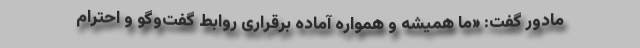
مادور گفت: «ما همیشه و همواره آماده برقراری روابط گفت‌و‌گو و احترام